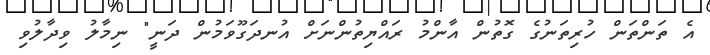
އެ ތަންތަން ހުރިތަނުގެ ގޮތުން އާންމު ރައްޔިތުންނަށް އުނދަގޫވަމުން ދަނީ" ނިމާލު ވިދާލުވި